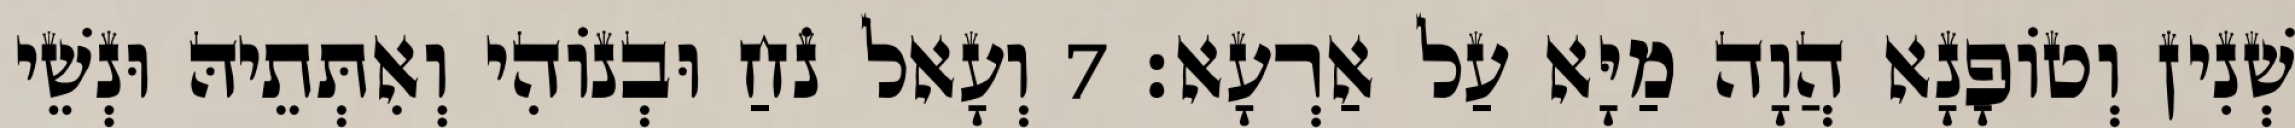
שְׁנִין וְטוֹפָנָא הֲוָה מַיָּא עַל אַרְעָא׃ 7 וְעָאל נֹחַ וּבְנוֹהִי וְאִתְּתֵיהּ וּנְשֵׁי